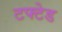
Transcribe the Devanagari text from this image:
टफ्टेड